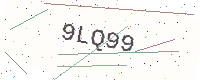
Text: 9LQ99